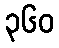
၃၆၀